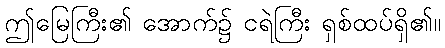
ဤမြေကြီး၏ အောက်၌ ငရဲကြီး ရှစ်ထပ်ရှိ၏။